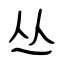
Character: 丛